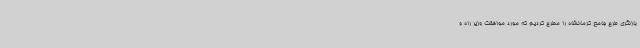
بازنگری طرح جامع کرمانشاه را مطرح کردیم که مورد موافقت وزیر راه و